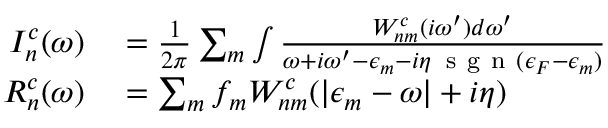
\begin{array} { r l } { I _ { n } ^ { c } ( \omega ) } & { { } = \frac { 1 } { 2 \pi } \sum _ { m } \int \frac { W _ { n m } ^ { c } ( i \omega ^ { \prime } ) d \omega ^ { \prime } } { \omega + i \omega ^ { \prime } - \epsilon _ { m } - i \eta \, \mathrm { ~ s ~ g ~ n ~ } ( \epsilon _ { F } - \epsilon _ { m } ) } } \\ { R _ { n } ^ { c } ( \omega ) } & { { } = \sum _ { m } f _ { m } W _ { n m } ^ { c } ( | \epsilon _ { m } - \omega | + i \eta ) } \end{array}